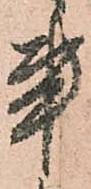
事